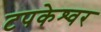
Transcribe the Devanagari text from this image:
टपकेश्‍वर